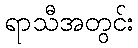
ရာသီအတွင်း